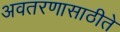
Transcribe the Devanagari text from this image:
अवतरणासाठीते